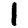
Digit: 1